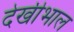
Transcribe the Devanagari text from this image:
देखीभाल